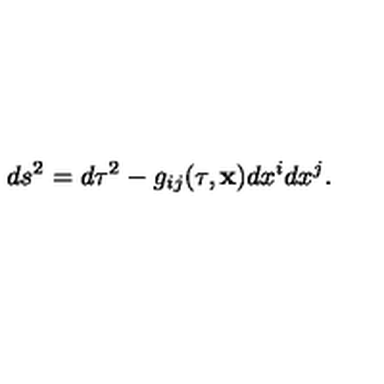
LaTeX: d s ^ { 2 } = d \tau ^ { 2 } - g _ { i j } ( \tau , { \bf x } ) d x ^ { i } d x ^ { j } .